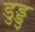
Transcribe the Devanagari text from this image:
डुड्डु